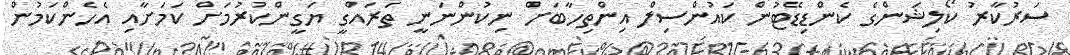
ސަރުކާރު ކޯލިޝަންގެ ކެންޑިޑޭޓުން ކައުންސިލް އިންތިހާބަށް ނިކުންނަނީ ތަރައްގީ ޔަގީންކުރުމަށް ކަމަށާއި އެހެންކަމުން